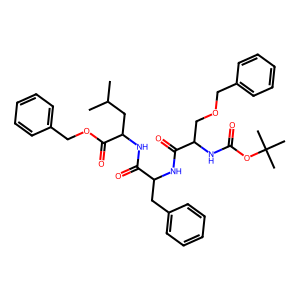
SMILES: CC(C)CC(NC(=O)C(Cc1ccccc1)NC(=O)C(COCc1ccccc1)NC(=O)OC(C)(C)C)C(=O)OCc1ccccc1
Inhibits HIV replication: No